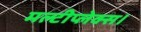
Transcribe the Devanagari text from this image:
मल्टीप्लेक्स।